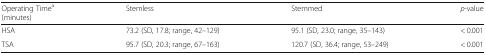
| Operating Timea(minutes) | Stemless | Stemmed | p-value |
 | --- | --- | --- | --- |
 | HSA | 73.2 (SD, 17.8; range, 42–129) | 95.1 (SD, 23.0; range, 35–143) | < 0.001 |
 | TSA | 95.7 (SD, 20.3; range, 67–163) | 120.7 (SD, 36.4; range, 53–249) | < 0.001 |